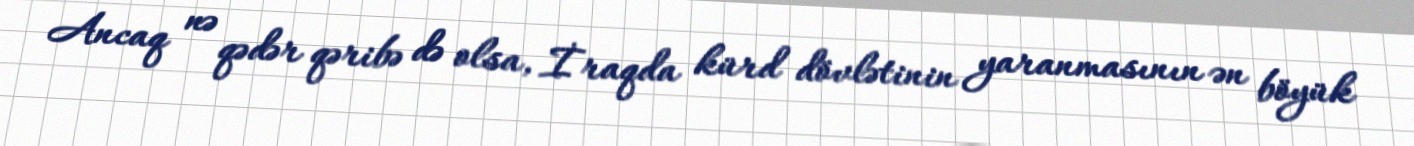
Ancaq nə qədər qəribə də olsa, İraqda kürd dövlətinin yaranmasının ən böyük